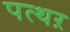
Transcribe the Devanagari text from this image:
पत्थऱ